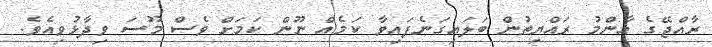
ރާއްޖޭގެ އާންމު ރައްޔިތުން ބަލައިގަނެފައިވާ ކަމެއް ނޫން ކަމަށް ވެސް މޫސަ ވިދާޅުވިއެވެ.